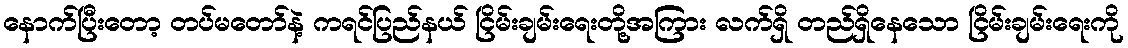
နောက်ပြီးတော့ တပ်မတော်နဲ့ ကရင်ပြည်နယ် ငြိမ်းချမ်းရေးတို့အကြား လက်ရှိ တည်ရှိနေသော ငြိမ်းချမ်းရေးကို